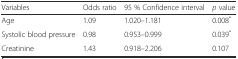
<table><thead><tr><td><b>Variables</b></td><td><b>Odds ratio</b></td><td><b>95 % Confidence interval</b></td><td><b><i>p</i> value</b></td></tr></thead><tbody><tr><td>Age</td><td>1.09</td><td>1.020–1.181</td><td>0.008<sup>*</sup></td></tr><tr><td>Systolic blood pressure</td><td>0.98</td><td>0.953–0.999</td><td>0.039<sup>*</sup></td></tr><tr><td>Creatinine</td><td>1.43</td><td>0.918–2.206</td><td>0.107</td></tr></tbody></table>